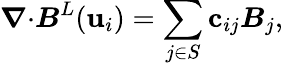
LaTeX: \boldsymbol{\nabla}{\cdot}\boldsymbol{B}^{L}(\mathbf{u}_{i})=\sum_{j\in S}\mathbf{c}_{ij}\boldsymbol{B}_{j},